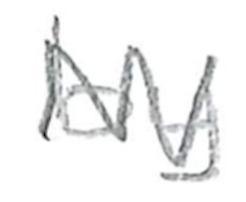
Text: by
Cross-out: mix
Writing tool: pencil